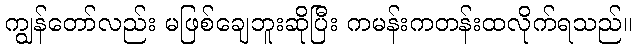
ကျွန်တော်လည်း မဖြစ်ချေဘူးဆိုပြီး ကမန်းကတန်းထလိုက်ရသည်။